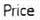
PRICE